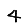
Digit: 4